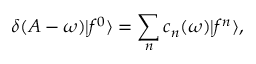
\delta ( A - \omega ) | f ^ { 0 } \rangle = \sum _ { n } c _ { n } ( \omega ) | f ^ { n } \rangle ,